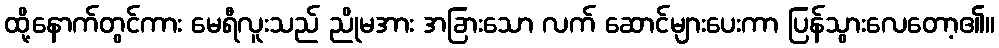
ထို့နောက်တွင်ကား မေရီလူးသည် ညိုမအား အခြားသော လက် ဆောင်များပေးကာ ပြန်သွားလေတော့၏။